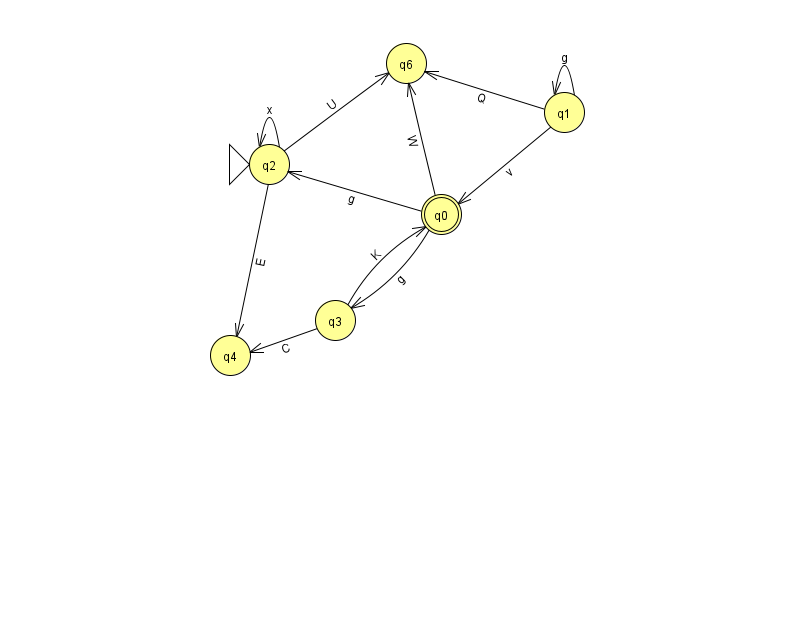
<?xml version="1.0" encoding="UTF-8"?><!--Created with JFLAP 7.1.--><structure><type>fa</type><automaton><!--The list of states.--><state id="0" name="q0"><x>441.0</x><y>201.0</y><final/></state><state id="1" name="q1"><x>564.0</x><y>99.0</y></state><state id="2" name="q2"><x>269.0</x><y>151.0</y><initial/></state><state id="3" name="q3"><x>335.0</x><y>307.0</y></state><state id="4" name="q4"><x>230.0</x><y>342.0</y></state><state id="6" name="q6"><x>406.0</x><y>50.0</y></state><!--The list of transitions.--><transition><from>0</from><to>3</to><read>g</read></transition><transition><from>0</from><to>2</to><read>g</read></transition><transition><from>1</from><to>0</to><read>v</read></transition><transition><from>1</from><to>1</to><read>g</read></transition><transition><from>2</from><to>2</to><read>x</read></transition><transition><from>2</from><to>4</to><read>E</read></transition><transition><from>1</from><to>6</to><read>Q</read></transition><transition><from>3</from><to>4</to><read>C</read></transition><transition><from>0</from><to>6</to><read>W</read></transition><transition><from>2</from><to>6</to><read>U</read></transition><transition><from>3</from><to>0</to><read>K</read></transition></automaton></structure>